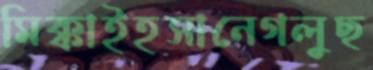
মিক্কাইহসানেগলুছ